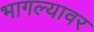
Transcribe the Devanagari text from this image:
भागल्यावर